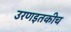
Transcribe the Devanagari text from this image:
उरणइतकीच